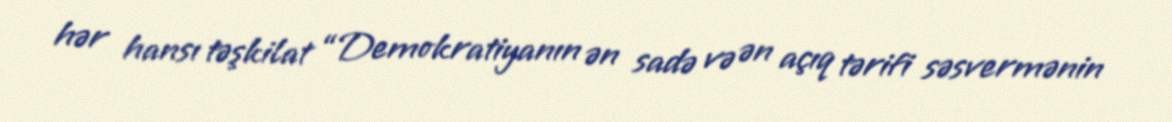
hər hansı təşkilat “Demokratiyanın ən sadə və ən açıq tərifi səsvermənin